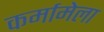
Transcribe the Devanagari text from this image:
कर्मामेला